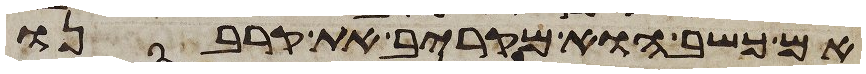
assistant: אם כשב הוא מקריב את קרבנו